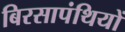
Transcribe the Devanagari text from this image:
बिरसापंथियों